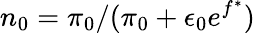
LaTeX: n_{0}=\pi_{0}/(\pi_{0}+\epsilon_{0}e^{f^{\ast}})